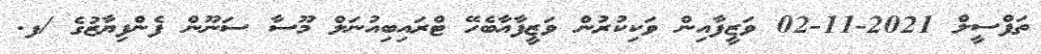
ތަފްސީލް 2021-11-02 ވަޒީފާއިން ވަކިކުރުން ވަޒީފާއާބެހޭ ޓްރައިބިއުނަލް މޫސާ ސަނޫން ފެންފިޔާޒުގެ /ފ.